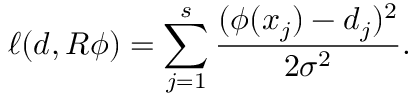
\ell ( d , R \phi ) = \sum _ { j = 1 } ^ { s } \frac { ( \phi ( x _ { j } ) - d _ { j } ) ^ { 2 } } { 2 \sigma ^ { 2 } } .